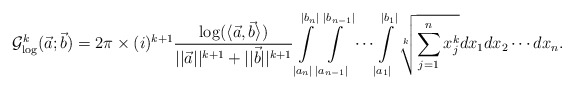
\begin{align*}\mathcal{G}^k_{\log}(\vec{a};\vec{b})&=2\pi \times (i)^{k+1}\frac{\log(\langle \vec{a},\vec{b}\rangle)}{||\vec{a}||^{k+1}+||\vec{b}||^{k+1}}\int \limits_{|a_n|}^{|b_n|} \int \limits_{|a_{n-1}|}^{|b_{n-1}|}\cdots \int \limits_{|a_1|}^{|b_1|}\sqrt[k]{\sum \limits_{j=1}^{n}x^k_j}dx_1dx_2\cdots dx_n.\end{align*}